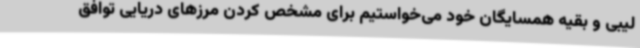
لیبی و بقیه همسایگان خود می‌خواستیم برای مشخص کردن مرزهای دریایی توافق